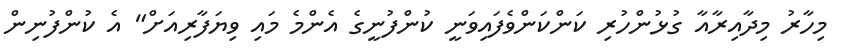
މިހާރު މިދާއިރާއާ ގުޅުންހުރި ކަންކަންވެފައިވަނީ ކުންފުނީގެ އެންމެ މައި ވިޔަފާރިއަށް" އެ ކުންފުނިން